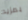
بمزيد